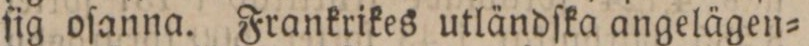
ſig oſanna. Frankrikes utländſka angelägen=